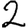
Digit: 2